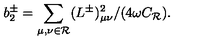
b _ { 2 } ^ { \pm } = \sum _ { \mu , \nu \in { \cal R } } ( L ^ { \pm } ) _ { \mu \nu } ^ { 2 } / ( 4 \omega C _ { \cal R } ) .